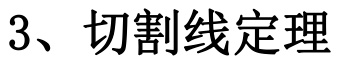
3、切割线定理